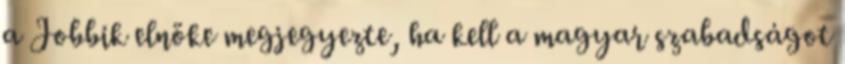
a Jobbik elnöke megjegyezte, ha kell a magyar szabadságot